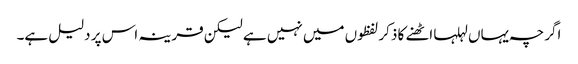
اگرچہ یہاں لہلہا اٹھنے کا ذکر لفظوں میں نہیں ہے لیکن قرینہ اس پر دلیل ہے۔